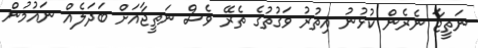
ނަތީޖާ ނެރެން ކުޅުނު އިތުރު ވަގުތުގެ ތެރޭ ވެސް ނަތީޖާއަށް ބަދަލެއް ނައުމުން